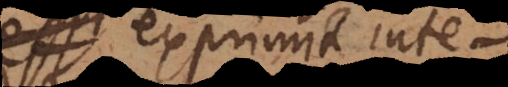
est exprimit inte